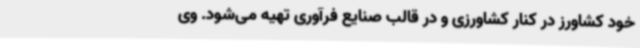
خود کشاورز در کنار کشاورزی و در قالب صنایع فرآوری تهیه می‌شود. وی